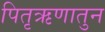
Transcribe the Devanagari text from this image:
पितृऋणातुन